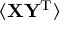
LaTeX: \langle \mathbf { X Y ^ { \mathrm { { T } } } } \rangle